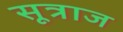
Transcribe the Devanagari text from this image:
सूत्राज